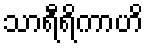
သာရီရိကာဟိ